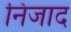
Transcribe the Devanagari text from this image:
निजाद